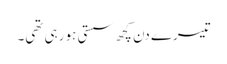
تیسرے دن کچھ سستی ہو رہی تھی۔